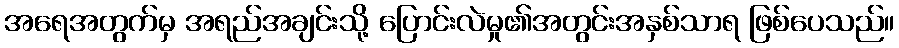
အရေအတွက်မှ အရည်အချင်းသို့ ပြောင်းလဲမှု၏အတွင်းအနှစ်သာရ ဖြစ်ပေသည်။